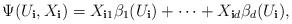
LaTeX: \begin{align*}\Psi(U_{\mathbf{i}},X_{\mathbf{i}})=X_{\mathbf{i}1}\beta_{1}(U_{\mathbf{i}})+\cdots+X_{\mathbf{i}d}\beta_{d}(U_{\mathbf{i}}),\end{align*}